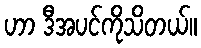
ဟာ ဒီအပင်ကိုသိတယ်။